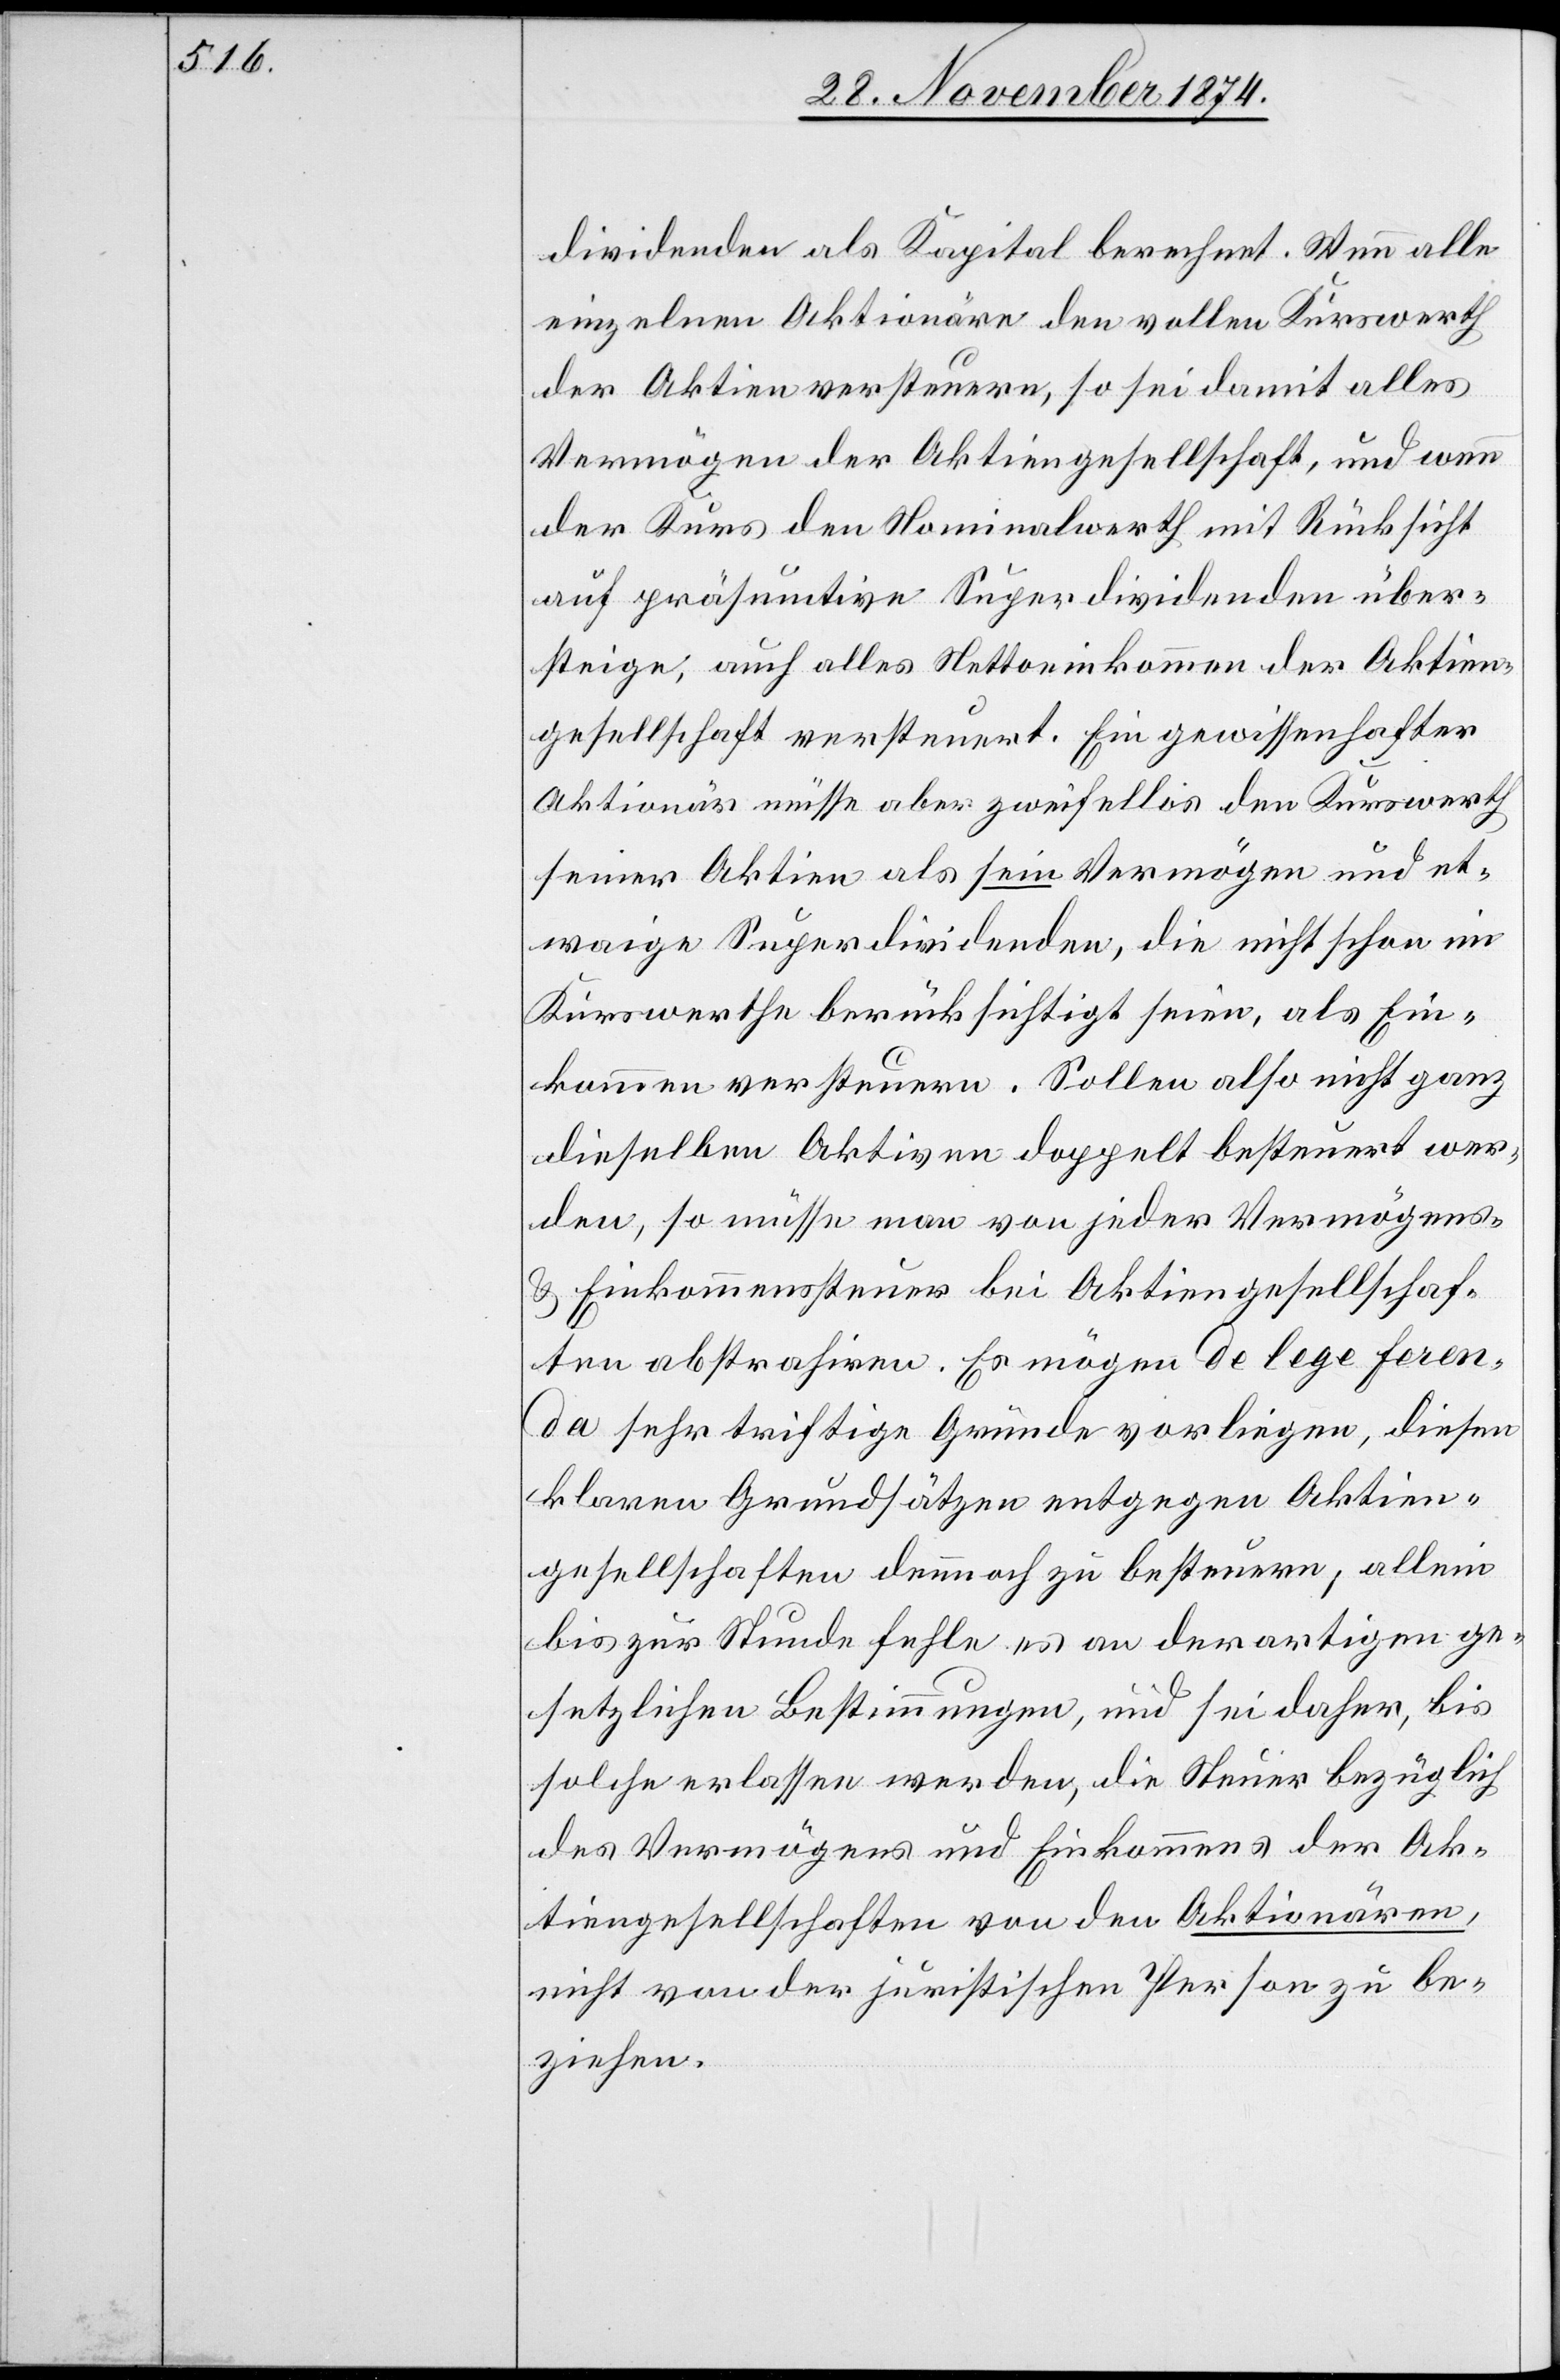
dividenden als Kapital berechnet. Wenn alle
einzelnen Aktionäre den vollen Kurswerth
der Aktien versteuern, so sei damit alles
Vermögen der Aktiengesellschaft, und wenn
der Kurs den Nominalwerth mit Rücksicht
auf präsumtive Superdividenden über¬
steige, auch alles Nettoeinkommen der Aktien¬
gesellschaft versteuert. Ein gewissenhafter
Aktionär müsse aber zweifellos den Kurswerth
seiner Aktien als sein Vermögen und et¬
waige Superdividenden, die nicht schon im
Kurswerthe berücksichtigt seien, als Ein¬
kommen versteuern. Sollen also nicht ganz
dieselben Aktiven doppelt besteuert wer¬
den, so müsse man von jeder Vermögens-
& Einkommenssteuer bei Aktiengesellschaf¬
ten abstrahiren. Es mögen de lege feren¬
da sehr triftige Gründe vorliegen, diesen
klaren Grundsätzen entgegen Aktien¬
gesellschaften dennoch zu besteuern, allein
bis zur Stunde fehle es an derartigen ge¬
setzlichen Bestimmungen, und sei daher, bis
solche erlassen werden, die Steuer bezüglich
des Vermögens und Einkommens der Ak¬
tiengesellschaften von den Aktionären,
nicht von der juristischen Person zu be¬
ziehen.